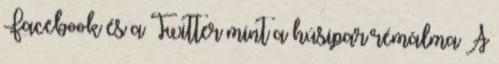
Facebook és a Twitter mint a húsipar rémálma A